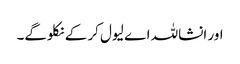
اور انشاللہ اے لیول کر کے نکلوگے۔